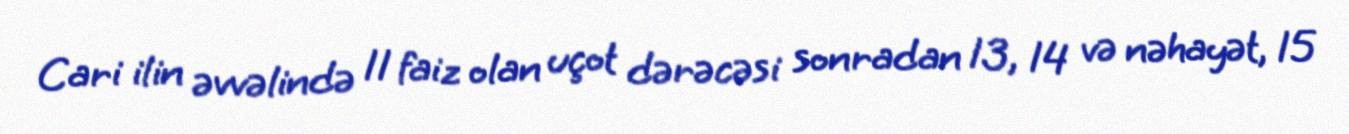
Cari ilin əvvəlində 11 faiz olan uçot dərəcəsi sonradan 13, 14 və nəhayət, 15